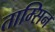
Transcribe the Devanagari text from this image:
ताम्सिन